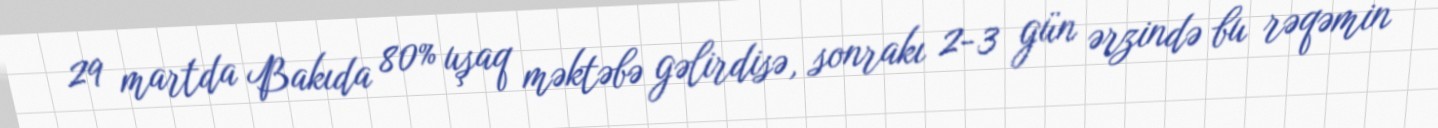
29 martda Bakıda 80% uşaq məktəbə gəlirdisə, sonrakı 2-3 gün ərzində bu rəqəmin